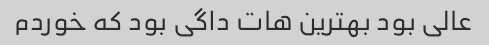
عالی بود بهترین هات داگی بود که خوردم